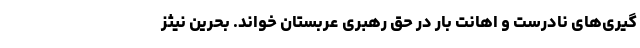
گیری‌های نادرست و اهانت بار در حق رهبری عربستان خواند. بحرین نیثز